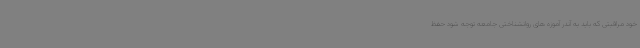
خود مراقبتی که باید به آندر آموزه های روانشناختی جامعه توجه شود حفظ